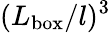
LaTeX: (L_{\mathrm{box}}/l)^{3}